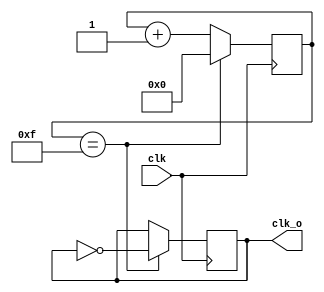
module div_fre(
		clk,
		clk_o
);
	input					clk;
	
	output reg 			clk_o;
	
	reg 	[ 9 : 0 ] 	cnt;		
	
	parameter			N = 32;
	
	initial
	begin
						cnt <= 10'b0;
						clk_o	<= 1'b0;
	end
	
	always @( posedge clk )
	begin
		if( cnt == N/2 - 1 )
		begin
			cnt <= 10'b0;
			clk_o <= ~ clk_o;
		end
		else
		begin
			cnt <= cnt + 10'b1;
		end
	end
	
endmodule